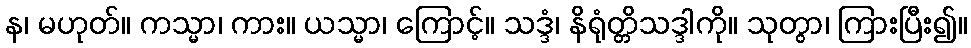
န၊ မဟုတ်။ ကသ္မာ၊ ကား။ ယသ္မာ၊ ကြောင့်။ သဒ္ဒံ၊ နိရုံတ္တိသဒ္ဒါကို။ သုတွာ၊ ကြားပြီး၍။